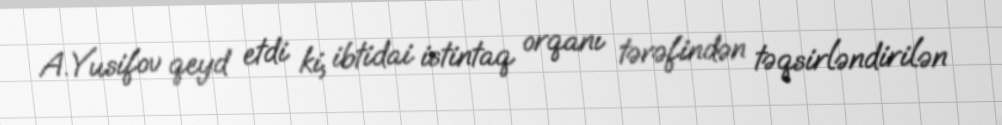
A.Yusifov qeyd etdi ki, ibtidai istintaq orqanı tərəfindən təqsirləndirilən